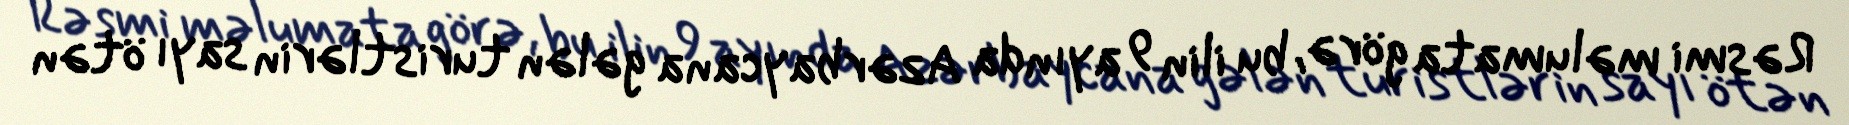
Rəsmi məlumata görə, bu ilin 9 ayında Azərbaycana gələn turistlərin sayı ötən